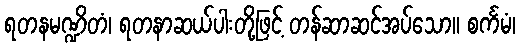
ရတနမဏ္ဍိတံ၊ ရတနာဆယ်ပါးတို့ဖြင့် တန်ဆာဆင်အပ်သော။ စင်္ကမံ၊